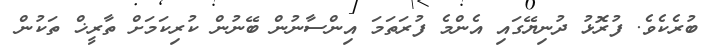
ބުރެކެވެ. ފުރޮޅު ދުނިޔޭގައި އެންމެ ފުރަތަމަ އިންސާނުން ބޭނުން ކުރިކަމަށް ތާރީޚް ތަކުން